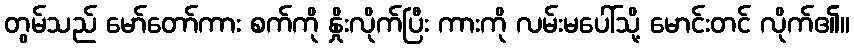
တွမ်သည် မော်တော်ကား စက်ကို နှိုးလိုက်ပြီး ကားကို လမ်းမပေါ်သို့ မောင်းတင် လိုက်၏။